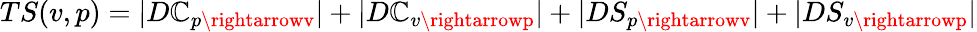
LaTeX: TS(v,p)=|D\mathbb{C}_{p\rightarrowv}|+|D\mathbb{C}_{v\rightarrowp}|+|DS_{p\rightarrowv}|+|DS_{v\rightarrowp}|